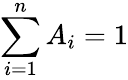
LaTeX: \sum_{i=1}^{n}A_{i}=1